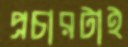
প্রচারটাই